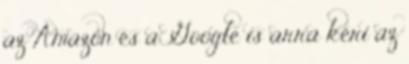
az Amazon és a Google is arra kéri az